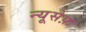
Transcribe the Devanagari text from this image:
न्यूसेफ़